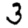
Digit: 3